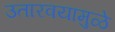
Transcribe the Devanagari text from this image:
उतारवयामुळे